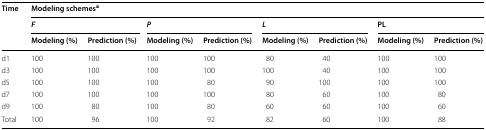
<table><thead><tr><td rowspan="3"><b>Time</b></td><td colspan="8"><b>Modeling schemes<sup>a</sup></b></td></tr><tr><td colspan="2"><b><i>F</i></b></td><td colspan="2"><b><i>P</i></b></td><td colspan="2"><b><i>L</i></b></td><td colspan="2"><b>PL</b></td></tr><tr><td><b>Modeling (%)</b></td><td><b>Prediction (%)</b></td><td><b>Modeling (%)</b></td><td><b>Prediction (%)</b></td><td><b>Modeling (%)</b></td><td><b>Prediction (%)</b></td><td><b>Modeling (%)</b></td><td><b>Prediction (%)</b></td></tr></thead><tbody><tr><td>d1</td><td>100</td><td>100</td><td>100</td><td>100</td><td>80</td><td>40</td><td>100</td><td>100</td></tr><tr><td>d3</td><td>100</td><td>100</td><td>100</td><td>100</td><td>100</td><td>40</td><td>100</td><td>100</td></tr><tr><td>d5</td><td>100</td><td>100</td><td>100</td><td>80</td><td>90</td><td>100</td><td>100</td><td>100</td></tr><tr><td>d7</td><td>100</td><td>100</td><td>100</td><td>100</td><td>80</td><td>60</td><td>100</td><td>80</td></tr><tr><td>d9</td><td>100</td><td>80</td><td>100</td><td>80</td><td>60</td><td>60</td><td>100</td><td>60</td></tr><tr><td>Total</td><td>100</td><td>96</td><td>100</td><td>92</td><td>82</td><td>60</td><td>100</td><td>88</td></tr></tbody></table>